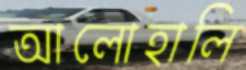
আলোহালি